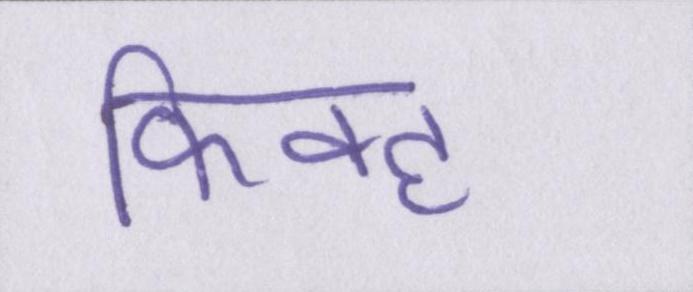
फिक्ह